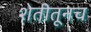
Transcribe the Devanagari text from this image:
शेतीतूनच